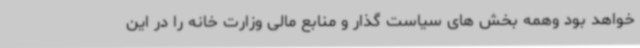
خواهد بود وهمه بخش های سیاست گذار و منابع مالی وزارت خانه را در این